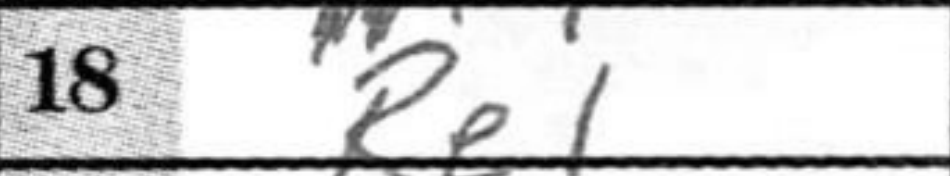
Transcription: Re1